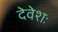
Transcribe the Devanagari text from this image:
देवेशः